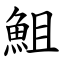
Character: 䱉